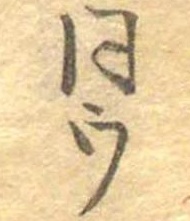
同ウ